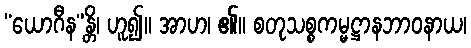
“ယောဂီန”န္တိ၊ ဟူ၍။ အာဟ၊ ၏။ စတုသစ္စကမ္မဋ္ဌာနဘာဝနာယ၊